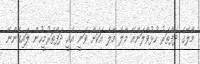
މާލޭގެ ދަފްތަރު ހުޅުވާލަންއޭ މާލެ މާލެ އަކަށް ވަނީ އެއީ ދަފްތަރުމީހުން ލައިގެންނޭ